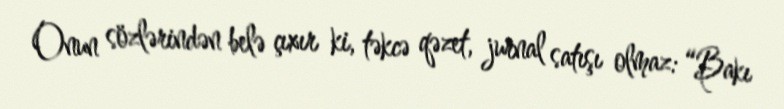
Onun sözlərindən belə çıxır ki, təkcə qəzet, jurnal satışı olmaz: “Bakı